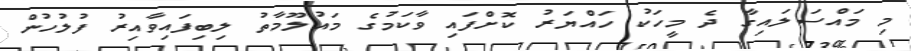
މި މައްސަލައިގާ ދެ މީހަކު ހައްޔަރު ކޮށްފައި ވާކަމުގެ މައުލޫމާތު ލިބިފައިވާއިރު ފުލުހުން